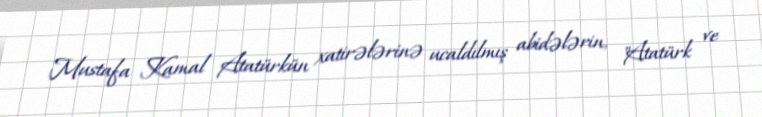
Mustafa Kamal Atatürkün xatirələrinə ucaldılmış abidələrin, "Atatürk ve